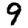
Digit: 9